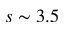
s \sim 3 . 5